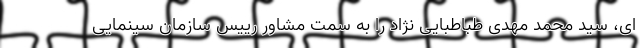
ای، سید محمد مهدی طباطبایی نژاد را به سمت مشاور رییس سازمان سینمایی